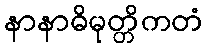
နာနာဓိမုတ္တိကတံ